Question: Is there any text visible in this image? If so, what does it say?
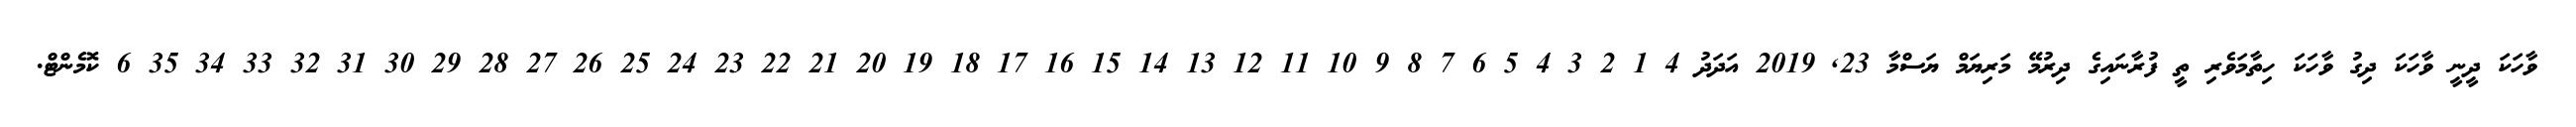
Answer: ވާހަކަ ދީނީ ވާހަކަ ދިގު ވާހަކަ ހިތާމަވެރި ތީ ފުރާނައިގެ ދިރުމޭ މަރިޔަމް ޔަސްމާ 23, 2019 އަދަދު 4 1 2 3 4 5 6 7 8 9 10 11 12 13 14 15 16 17 18 19 20 21 22 23 24 25 26 27 28 29 30 31 32 33 34 35 6 ކޮމެންޓް.